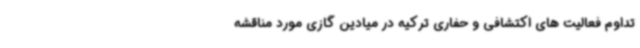
تداوم فعالیت های اکتشافی و حفاری ترکیه در میادین گازی مورد مناقشه